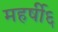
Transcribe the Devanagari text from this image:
महर्षी६